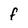
Character: f